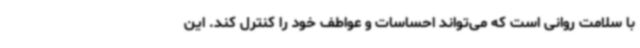
با سلامت روانی است که می‌تواند احساسات و عواطف خود را کنترل کند. این